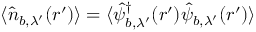
\langle \hat { n } _ { b , \lambda ^ { \prime } } ( \boldsymbol { r } ^ { \prime } ) \rangle = \langle \hat { \psi } _ { b , \lambda ^ { \prime } } ^ { \dagger } ( \boldsymbol { r } ^ { \prime } ) \hat { \psi } _ { b , \lambda ^ { \prime } } ( \boldsymbol { r } ^ { \prime } ) \rangle